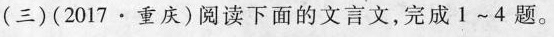
(三) (2017 · 重庆)阅读下面的文言文，完成 1 ~ 4题。